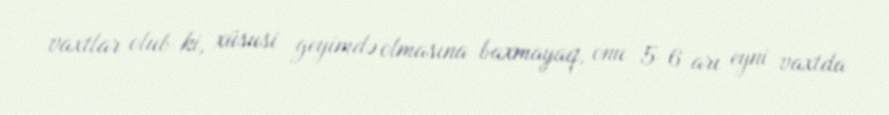
vaxtlar olub ki, xüsusi geyimdə olmasına baxmayaq, onu 5-6 arı eyni vaxtda